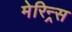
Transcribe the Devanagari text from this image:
मेरिन्र्स